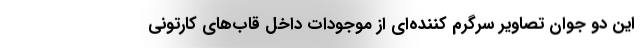
این دو جوان تصاویر سرگرم کننده‌ای از موجودات داخل قاب‌های کارتونی